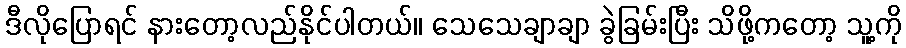
ဒီလိုပြောရင် နားတော့လည်နိုင်ပါတယ်။ သေသေချာချာ ခွဲခြမ်းပြီး သိဖို့ကတော့ သူ့ကို